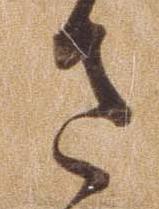
さ